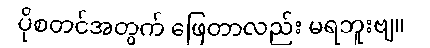
ပိုစတင်အတွက် ဖြေတာလည်း မရဘူးဗျ။